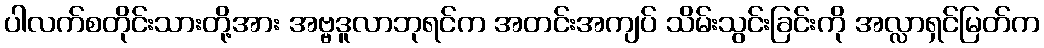
ပါလက်စတိုင်းသားတို့အား အဗ္ဗဒူလာဘုရင်က အတင်းအကျပ် သိမ်းသွင်းခြင်းကို အလ္လာရှင်မြတ်က